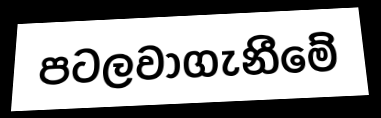
පටලවාගැනීමේ